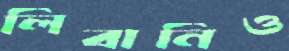
লিবানিও